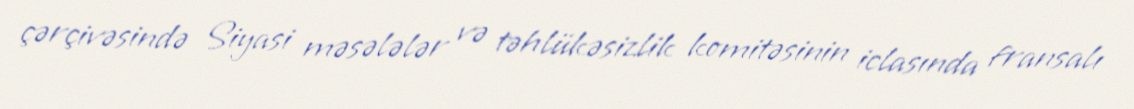
çərçivəsində Siyasi məsələlər və təhlükəsizlik komitəsinin iclasında fransalı